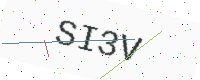
Text: SI3V